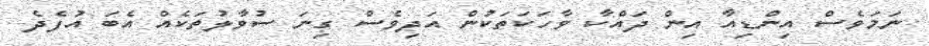
ނަމަވެސް އިންޑިއާ އިން ދައްކާ ވާހަކަތަކުން އަދިވެސް ގިނަ ސުވާލުތަކެއް އެބަ އުފެދެ